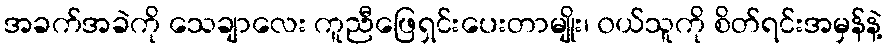
အခက်အခဲကို သေချာလေး ကူညီဖြေရှင်းပေးတာမျိုး၊ ၀ယ်သူကို စိတ်ရင်းအမှန်နဲ့